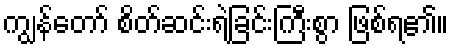
ကျွန်တော် စိတ်ဆင်းရဲခြင်းကြီးစွာ ဖြစ်ရ၏။